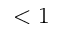
< 1